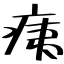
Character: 痍